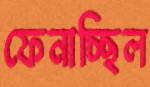
ফেনাচ্ছিল